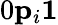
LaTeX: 0\le p_{i}\le 1